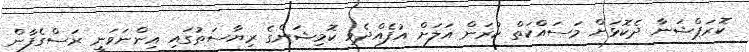
ކޮރަޕްޝަނާ ދެކޮޅަށް މަސައްކަތް ކުރަން އަލަށް އުފެއްދެވި ކޮމިޝަންގެ ރިޔާސަތުގައި އިންނަވަނީ ރަސްގެފާން